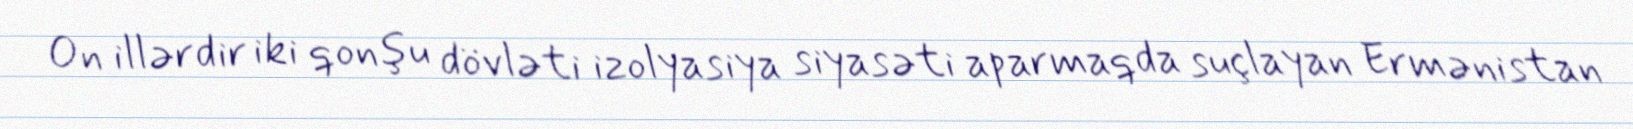
On illərdir iki qonşu dövləti izolyasiya siyasəti aparmaqda suçlayan Ermənistan